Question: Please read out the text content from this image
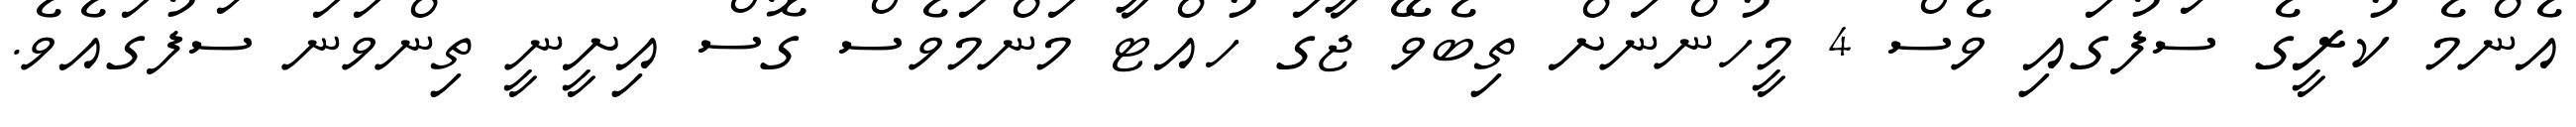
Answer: އެންމެ ކުރީގެ ސަފުގައި ވެސް 4 މީހުންނަށް ތިބެވޭ ޖާގަ ހުއްޓާ މަންމަވެސް ގޮސް އިށީނީ ތިންވަނަ ސަފުގައެވެ.